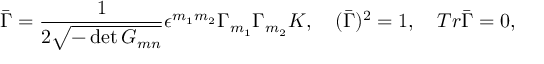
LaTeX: \bar { \Gamma } = { \frac { 1 } { 2 \sqrt { - \operatorname * { d e t } { G _ { m n } } } } } \epsilon ^ { m _ { 1 } m _ { 2 } } \Gamma _ { m _ { 1 } } \Gamma _ { m _ { 2 } } { \cal K } , \quad ( \bar { \Gamma } ) ^ { 2 } = 1 , \quad T r \bar { \Gamma } = 0 ,